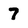
Character: 7